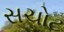
સચોટ